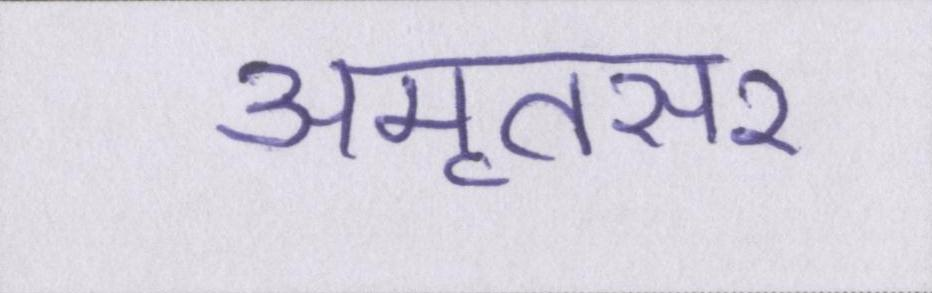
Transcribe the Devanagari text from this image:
अमृतसर